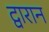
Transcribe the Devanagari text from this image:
द्वारान